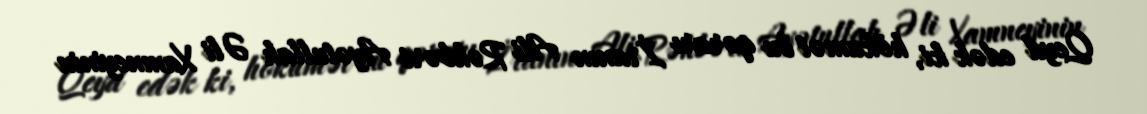
Qeyd edək ki, hökumət bu qərarı İranın Ali Rəhbəri Ayətullah Əli Xamneyinin